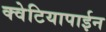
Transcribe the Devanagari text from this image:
क्वेटियापाईन